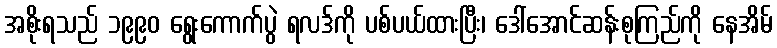
အစိုးရသည် ၁၉၉၀ ရွေးကောက်ပွဲ ရလဒ်ကို ပစ်ပယ်ထားပြီး၊ ဒေါ်အောင်ဆန်းစုကြည်ကို နေအိမ်